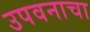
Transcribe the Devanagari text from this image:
उपवनाचा